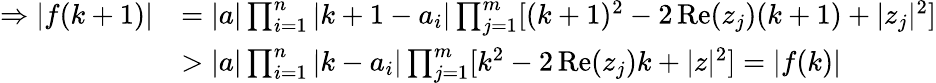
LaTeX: \begin{array}{rl}{\Rightarrow|f(k+1)|}&{=|a|\prod_{i=1}^{n}\left|k+1-a_{i}\right|\prod_{j=1}^{m}[(k+1)^{2}-2\operatorname{Re}(z_{j})(k+1)+|z_{j}|^{2}]}\\ &{>|a|\prod_{i=1}^{n}|k-a_{i}|\prod_{j=1}^{m}[k^{2}-2\operatorname{Re}(z_{j})k+|z|^{2}]=|f(k)|}\end{array}